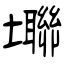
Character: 壣